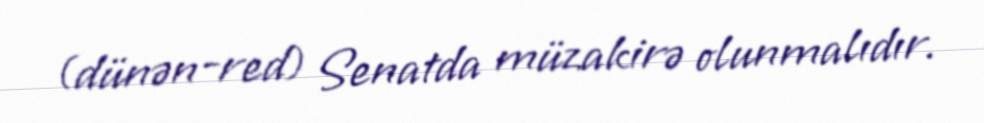
(dünən-red) Senatda müzakirə olunmalıdır.